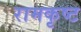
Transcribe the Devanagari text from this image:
रामकृष्ट